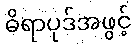
ဓိရာပုဒ်အဖွင့်